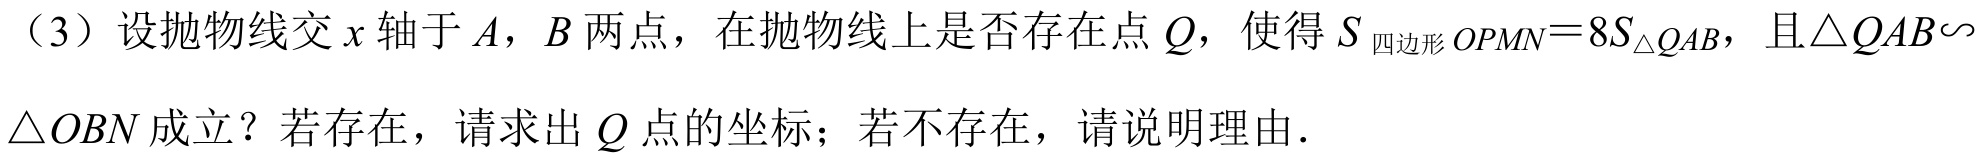
（3）设抛物线交 \(x\) 轴于 \(A\)，\(B\) 两点，在抛物线上是否存在点 \(Q\)，使得 \(S_{四边形OPMN}=8S_{\triangle QAB}\)，且\(\triangle QAB\sim\triangle OBN\) 成立？若存在，请求出 \(Q\) 点的坐标；若不存在，请说明理由．